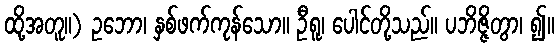
ထို့အတူ။) ဥဘော၊ နှစ်ဖက်ကုန်သော။ ဦရူ၊ ပေါင်တို့သည်။ ပဘိဇ္ဇိတွာ၊ ၍။